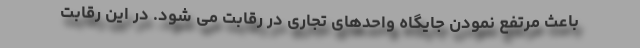
باعث مرتفع نمودن جایگاه واحدهای تجاری در رقابت می شود. در این رقابت